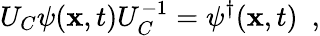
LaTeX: U_{C}\psi(\mathbf{x},t)U_{C}^{-1}=\psi^{\dagger}(\mathbf{x},t)\ \ ,